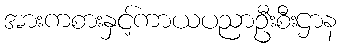
အားကစားနှင့်ကာယပညာဦးစီးဌာန